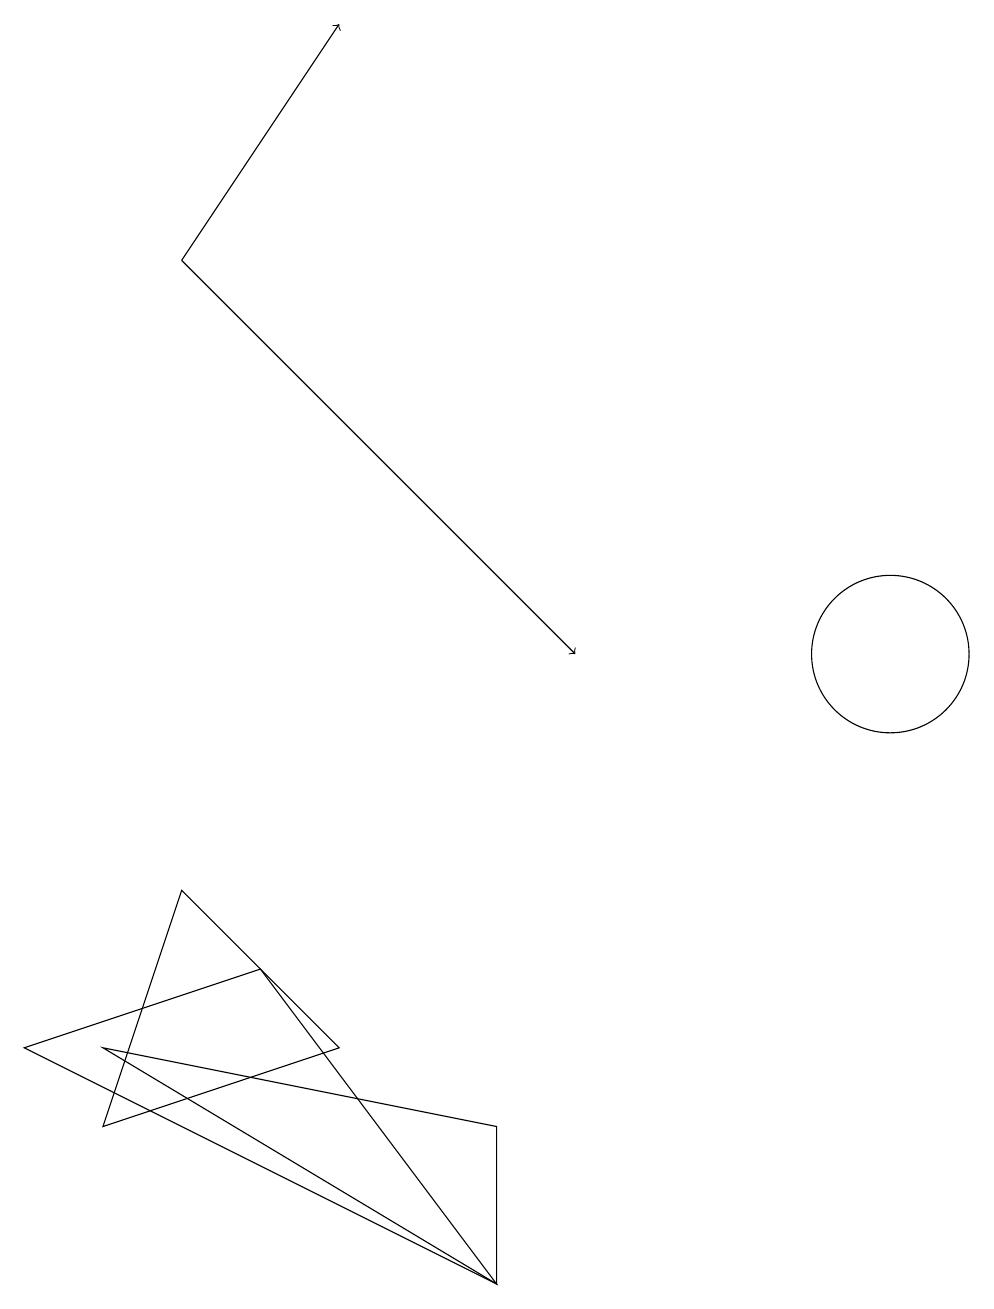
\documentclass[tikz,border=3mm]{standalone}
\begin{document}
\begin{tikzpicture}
\draw (1,6) -- (6,3) -- (6,5) -- cycle;
\draw (11,11) circle (1);
\draw (6,3) -- (0,6) -- (3,7) -- cycle;
\draw[->] (2,16) -- (7,11);
\draw (4,6) -- (1,5) -- (2,8) -- cycle;
\draw[->] (2,16) -- (4,19);
\draw (11,11) circle (0);
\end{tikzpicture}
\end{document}